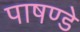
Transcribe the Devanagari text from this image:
पाषण्डे